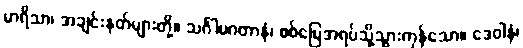
မာရိသာ၊ အချင်းနတ်များတို့။ သင်္ဂါမဂတာနံ၊ စစ်မြေအရပ်သို့သွားကုန်သော။ ဒေဝါနံ၊